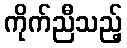
ကိုက်ညီသည့်